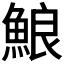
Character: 𩷕